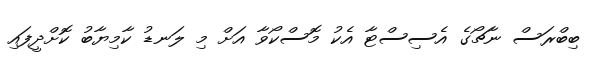
ބިބްރަސް ނާޗޯގެ އެސިސްޓާ އެކު މޮސްކޯވާ އަށް މި ލަނޑު ކާމިޔާބު ކޮށްދީފައި